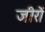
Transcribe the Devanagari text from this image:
जीरों